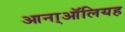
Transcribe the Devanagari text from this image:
आना्ऑलियह